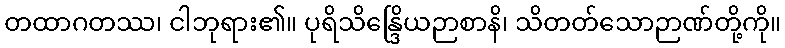
တထာဂတဿ၊ ငါဘုရား၏။ ပုရိသိန္ဒြေိယဉာစာနိ၊ သိတတ်သောဉာဏ်တို့ကို။